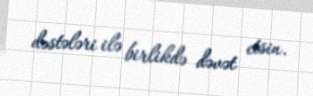
dəstələri ilə birlikdə dəvət etsin.